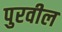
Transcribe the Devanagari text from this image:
पुरवील